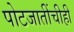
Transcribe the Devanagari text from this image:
पोटजातींचीही